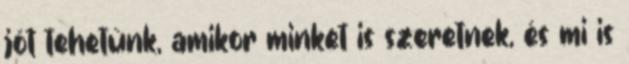
jót tehetünk, amikor minket is szeretnek, és mi is